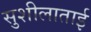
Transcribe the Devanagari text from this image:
सुशीलाताई